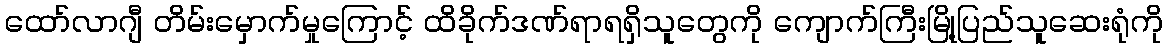
ထော်လာဂျီ တိမ်းမှောက်မှုကြောင့် ထိခိုက်ဒဏ်ရာရရှိသူတွေကို ကျောက်ကြီးမြို့ပြည်သူဆေးရုံကို